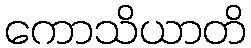
ကောသိယာတိ